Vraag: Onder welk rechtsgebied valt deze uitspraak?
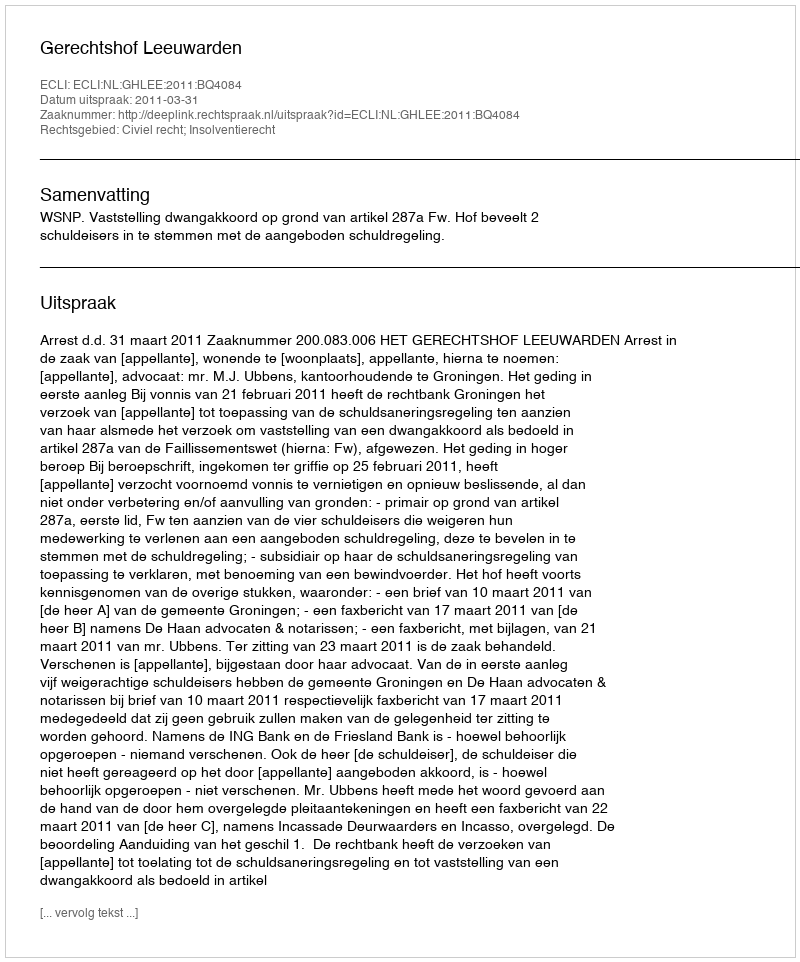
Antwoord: Civiel recht; Insolventierecht